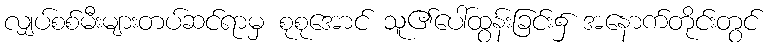
လျှပ်စစ်မီးများတပ်ဆင်ရာမှ စုစုအောင် သူ၏ပေါ်ထွန်းခြင်း၌ အနောက်တိုင်းတွင်